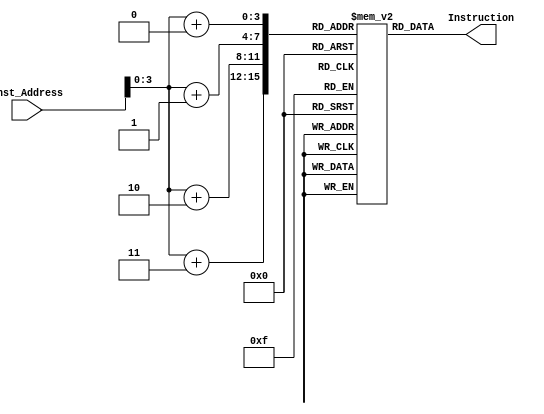
module Instruction_Memory (
  input [63:0] Inst_Address,
  output reg [31:0] Instruction
); 
  
//add x25 x26 x27
//add x26 x20 x23
//add x23 x21 x27
//add x27 x22 x26
//         reg [7:0] memory [15:0];
//         initial begin
//          memory[15] = 8'b00000001;
//          memory[14] = 8'b10101011;
//          memory[13] = 8'b00001101;
//          memory[12] = 8'b10110011;

//          memory[11] = 8'b00000001;
//          memory[10] = 8'b10111010;
//          memory[9] = 8'b10001011;
//          memory[8] = 8'b10110011;

//          memory[7] = 8'b00000001;
//          memory[6] = 8'b01111010;
//          memory[5] = 8'b00001101;
//          memory[4] = 8'b00110011;

//          memory[3] = 8'b00000001;
//          memory[2] = 8'b10111101;
//          memory[1] = 8'b00001100;
//          memory[0] = 8'b10110011;

//         end
  
  
//add x25 x26 x27
//add x26 x25 x23
//add x23 x27 x26
//add x27 x23 x26
         reg [7:0] memory [15:0];
        initial begin
         memory[15] = 8'b00000001;
         memory[14] = 8'b10101011;
         memory[13] = 8'b10001101;
         memory[12] = 8'b10110011;

         memory[11] = 8'b00000001;
         memory[10] = 8'b10101101;
         memory[9] = 8'b10001011;
         memory[8] = 8'b10110011;

         memory[7] = 8'b00000001;
         memory[6] = 8'b01111100;
         memory[5] = 8'b10001101;
         memory[4] = 8'b00110011;

         memory[3] = 8'b00000001;
         memory[2] = 8'b10111101;
         memory[1] = 8'b00001100;
         memory[0] = 8'b10110011;

        end 
  
  
  always @(*)
    begin
      Instruction = {
        memory[Inst_Address+3],
        memory[Inst_Address+2], 
        memory[Inst_Address+1], 
        memory[Inst_Address+0] 
      };
    end
endmodule